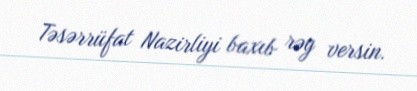
Təsərrüfat Nazirliyi baxıb rəy versin.